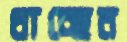
ধাচ্ছেন